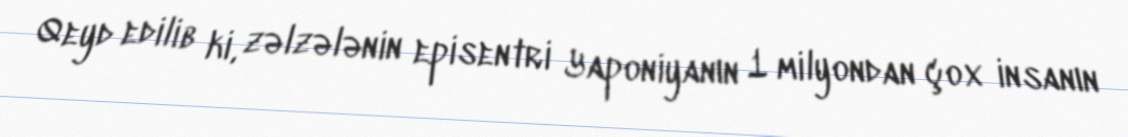
Qeyd edilib ki, zəlzələnin episentri Yaponiyanın 1 milyondan çox insanın